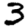
Digit: 3